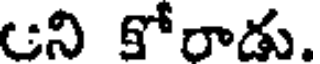
ఆని కోరాడు.